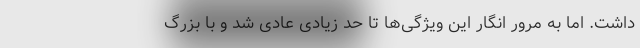
داشت. اما به مرور انگار این ویژگی‌ها تا حد زیادی عادی شد و با بزرگ